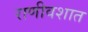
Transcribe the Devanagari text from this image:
राणीवशात